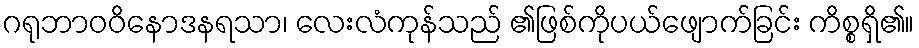
ဂရုဘာဝဝိနောဒနရသာ၊ လေးလံကုန်သည် ၏ဖြစ်ကိုပယ်ဖျောက်ခြင်း ကိစ္စရှိ၏။